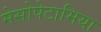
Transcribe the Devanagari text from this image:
मेसोपेटामिया